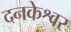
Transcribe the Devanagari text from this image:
दनकेश्वर